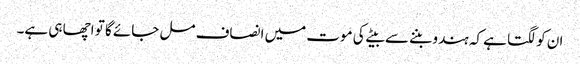
ان کو لگتا ہے کہ ہندو بننے سے بیٹے کی موت میں انصاف مل جائے گا تو اچھا ہی ہے۔